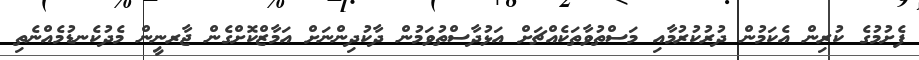
ފެށުމުގެ ކުރިން އެކަމުން ދުރުކުރުމާއި މަސްތުވާތަކެއްޗަށް އަޅުދާސްތުވަމުން ދާކުދިންނަށް އަމާޒްކޮށްގެން ޖާރނީން މެދުކެނޑުމެއްނެތި